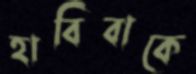
হাবিবাকে